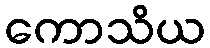
ကောသိယ